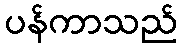
ပန်ကာသည်